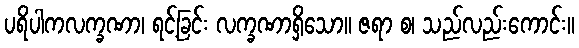
ပရိပါကလက္ခဏာ၊ ရင့်ခြင်း လက္ခဏာရှိသော။ ဇရာ စ၊ သည်လည်းကောင်း။